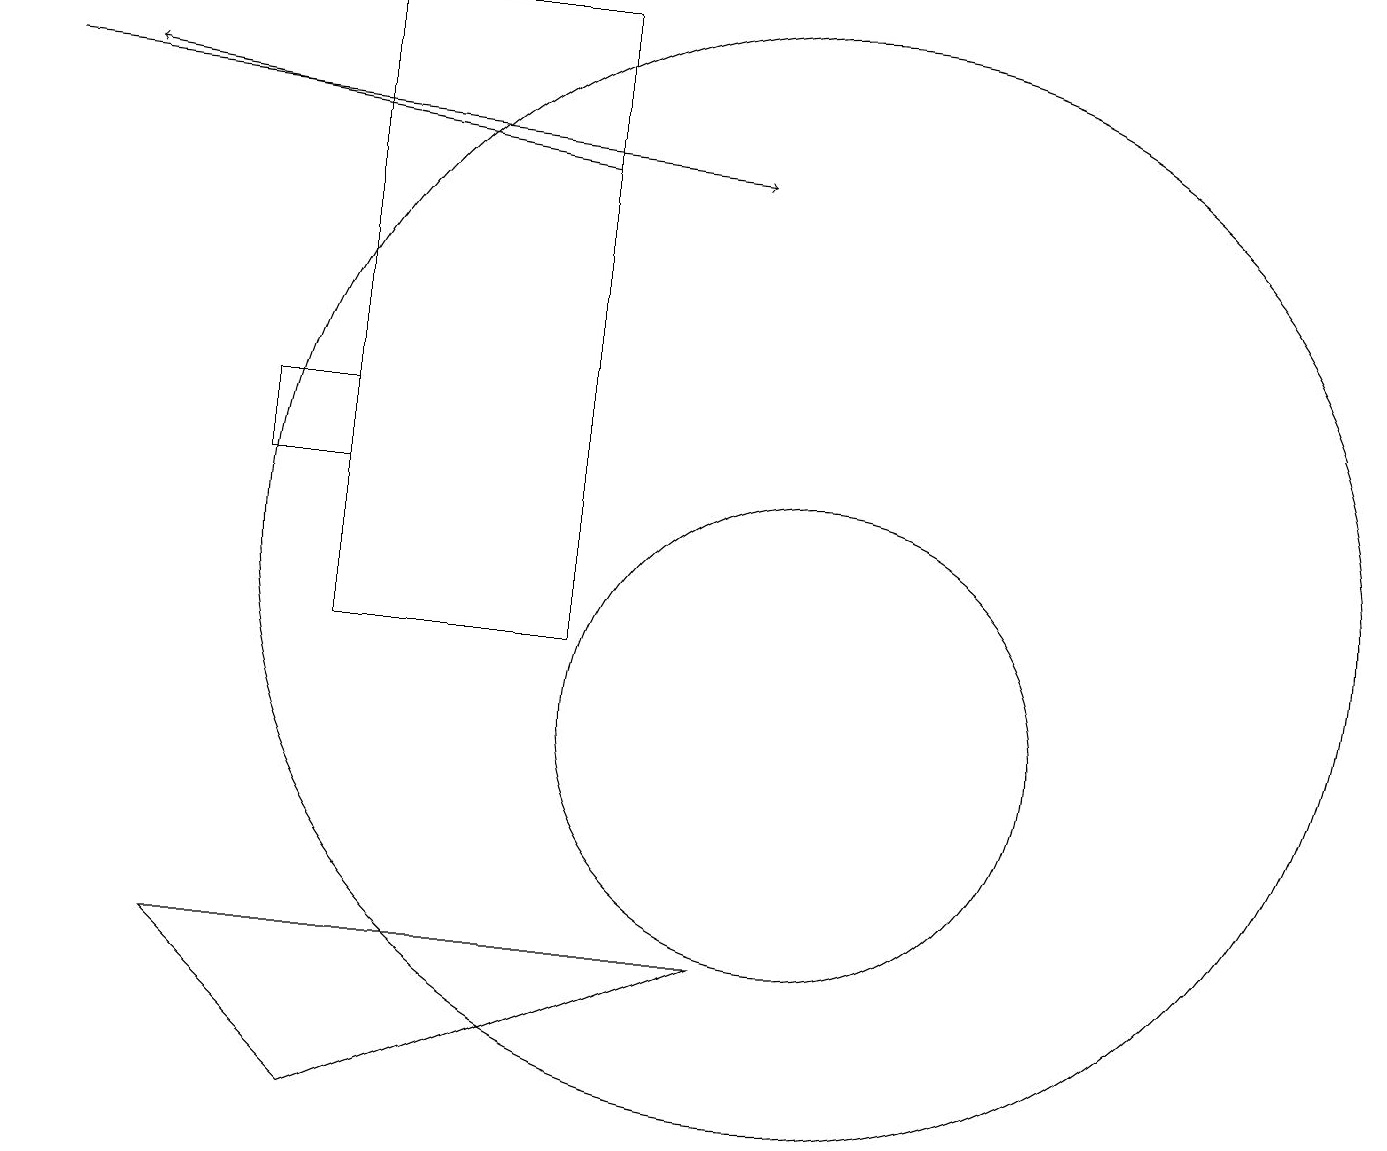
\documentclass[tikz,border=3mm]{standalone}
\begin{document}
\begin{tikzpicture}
\draw (2,7) -- (4,5) -- (9,7) -- cycle;
\draw[->] (0,18) -- (9,17);
\draw[->] (7,17) -- (1,18);
\draw (10,10) circle (3);
\draw (7,19) rectangle (4,11);
\draw (3,13) rectangle (4,14);
\draw (10,12) circle (7);
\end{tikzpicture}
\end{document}